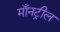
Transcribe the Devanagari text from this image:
माँनट्रील